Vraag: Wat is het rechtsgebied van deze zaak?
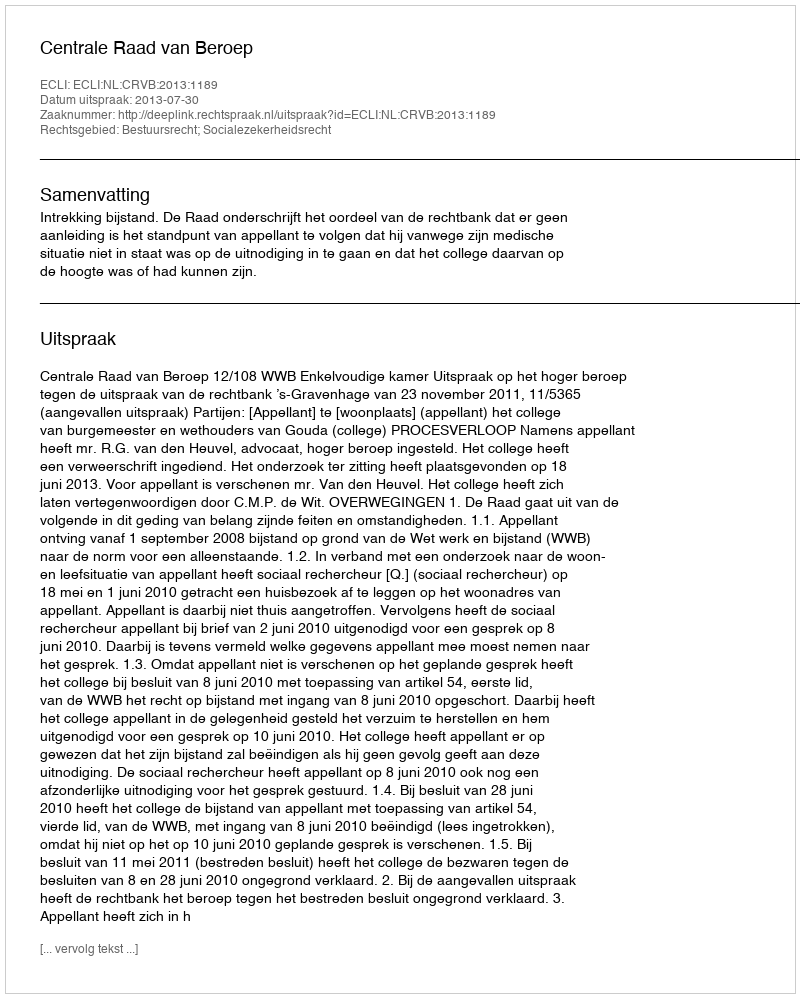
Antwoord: Bestuursrecht; Socialezekerheidsrecht